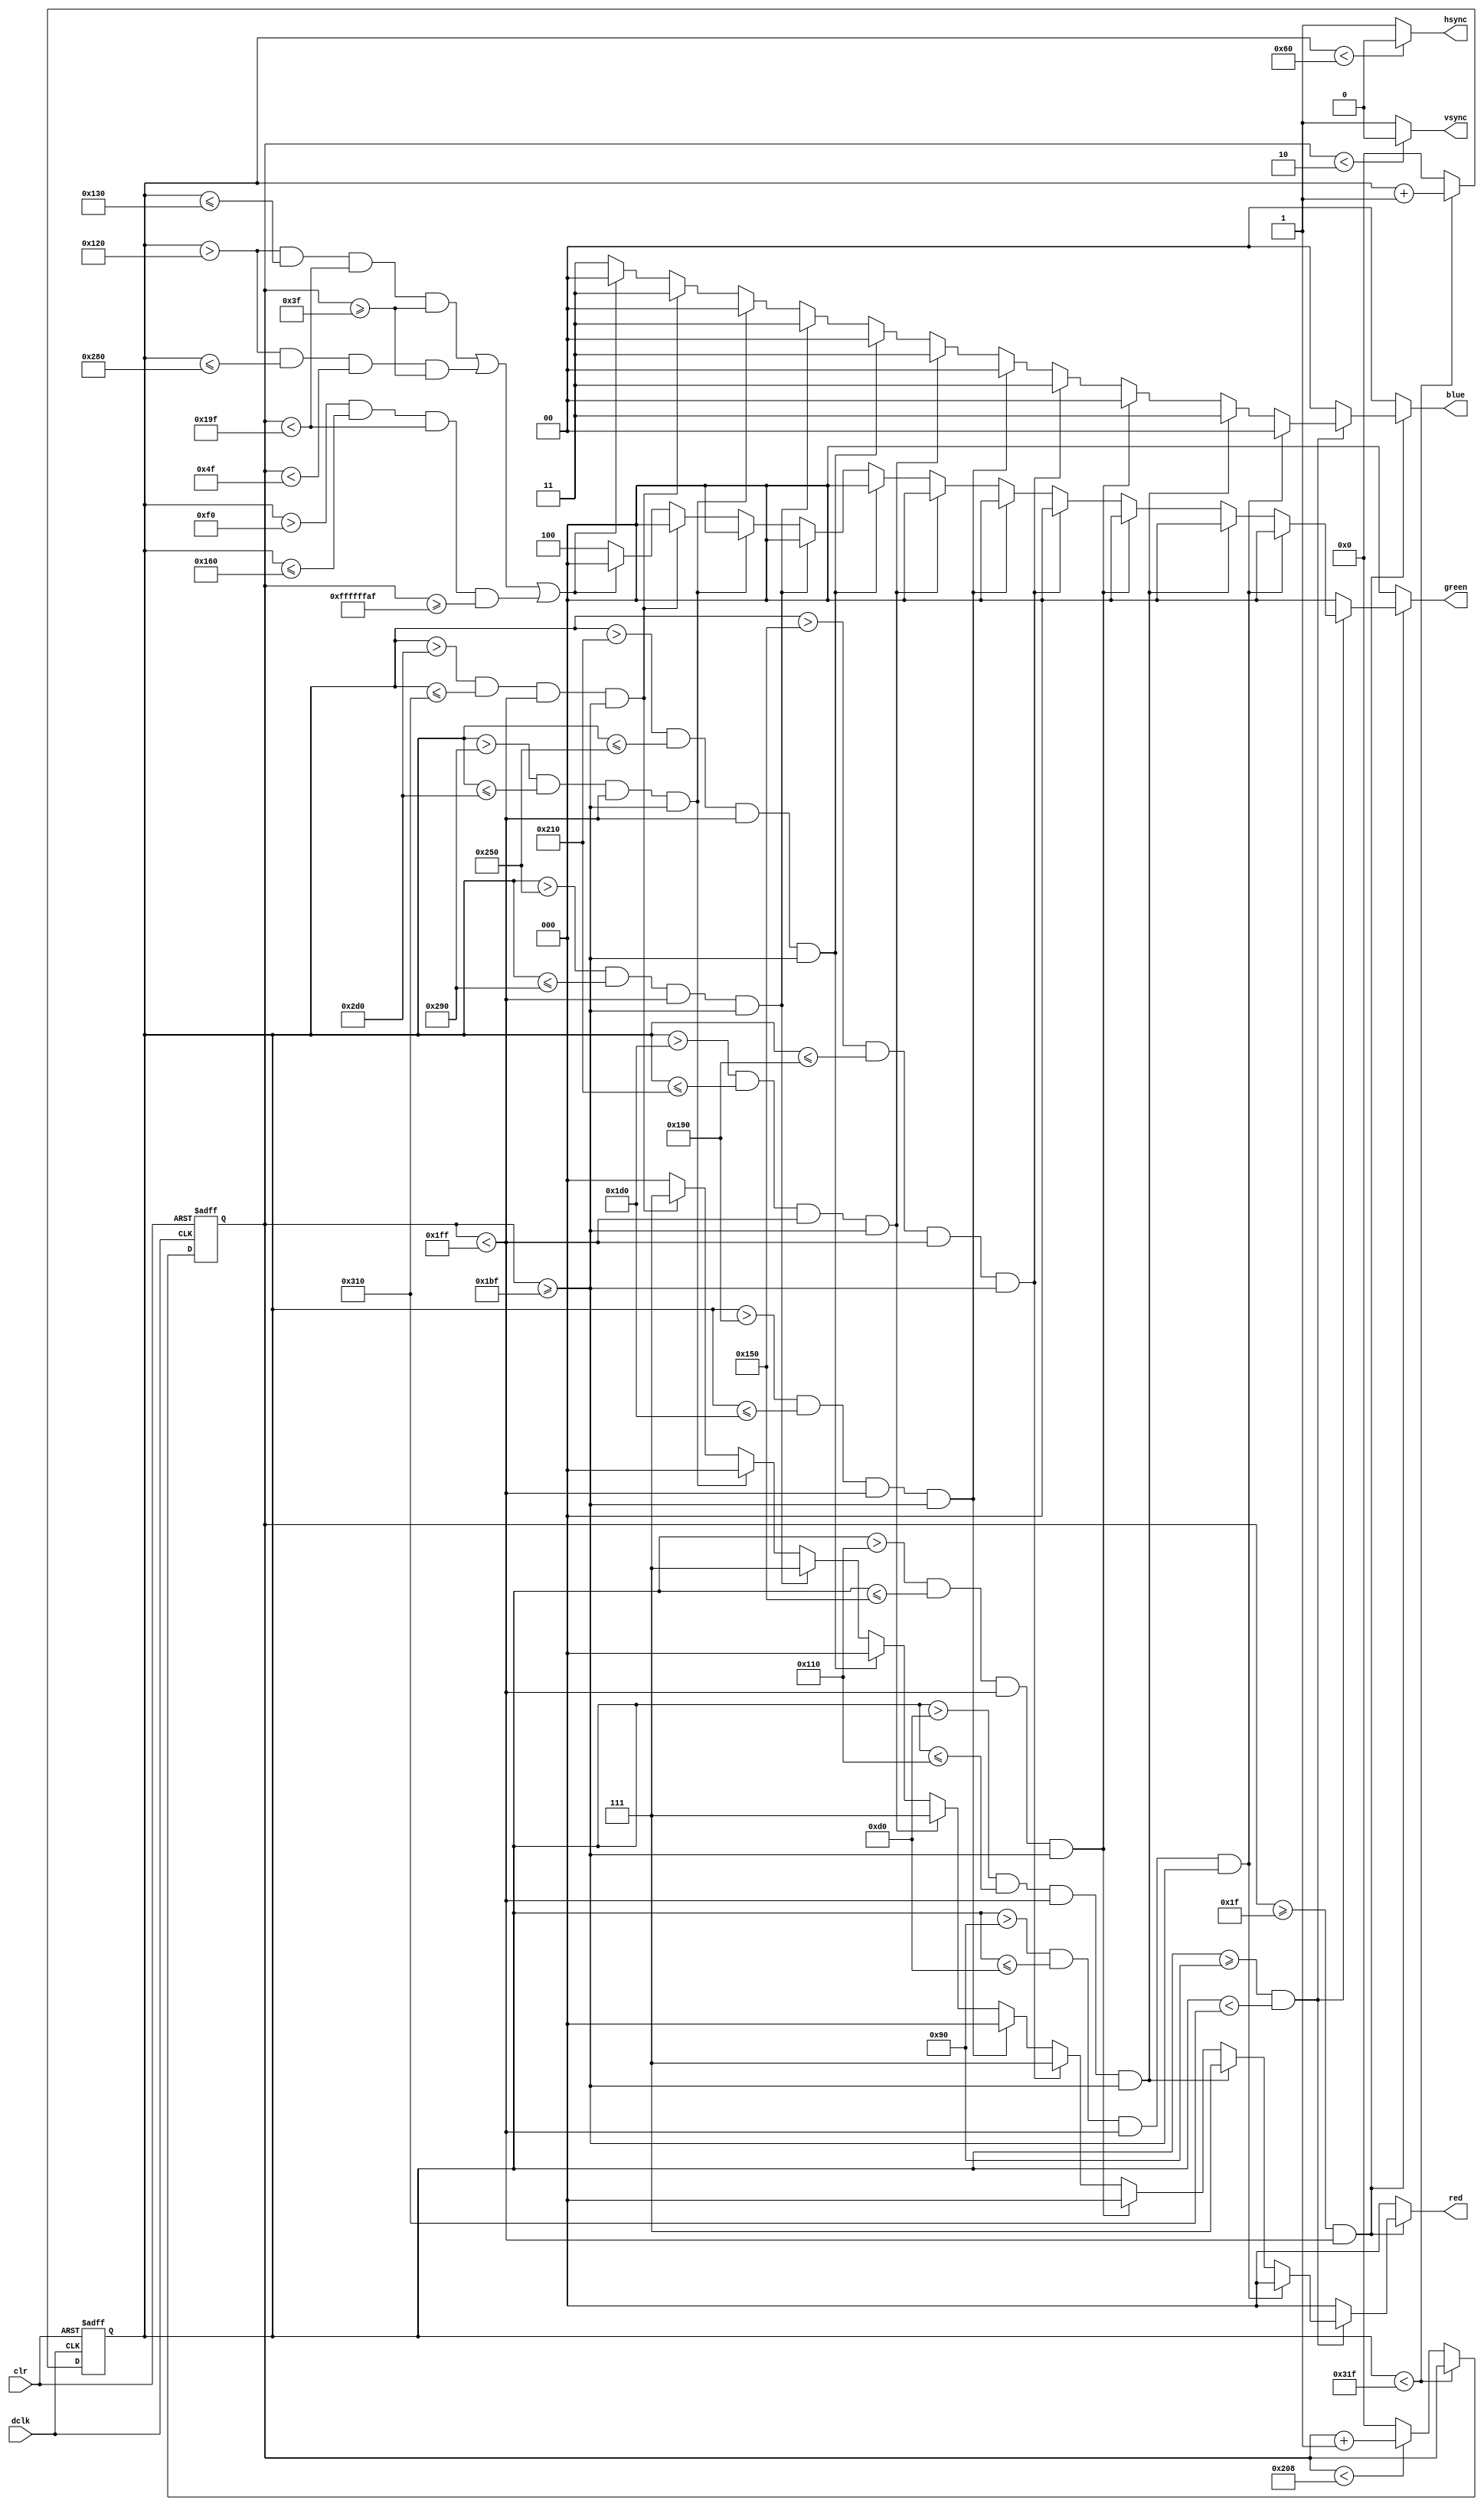
`timescale 1ns / 1ps
//////////////////////////////////////////////////////////////////////////////////
// Company: 
// Engineer: 
// 
// Design Name: 
// Module Name:    vga640x480 
// Project Name: 
// Target Devices: 
// Tool versions: 
// Description: 
//
// Dependencies: 
//
// Revision: 
// Revision 0.01 - File Created
// Additional Comments: 
//
//////////////////////////////////////////////////////////////////////////////////
module vga640x480(
	input wire dclk,			//pixel clock: 25MHz
	input wire clr,			//asynchronous reset
	output wire hsync,		//horizontal sync out
	output wire vsync,		//vertical sync out
	output reg [2:0] red,	//red vga output
	output reg [2:0] green, //green vga output
	output reg [1:0] blue	//blue vga output
	);

// video structure constants
parameter hpixels = 800;// horizontal pixels per line
parameter vlines = 521; // vertical lines per frame
parameter hpulse = 96; 	// hsync pulse length
parameter vpulse = 2; 	// vsync pulse length
parameter hbp = 144; 	// end of horizontal back porch
parameter hfp = 784; 	// beginning of horizontal front porch
parameter vbp = 31; 		// end of vertical back porch
parameter vfp = 511; 	// beginning of vertical front porch
// active horizontal video is therefore: 784 - 144 = 640
// active vertical video is therefore: 511 - 31 = 480

//Add constants for bitmap ranges here:

//End bitmap region constants area.

// registers for storing the horizontal & vertical counters
reg [9:0] hc;
reg [9:0] vc;

// Horizontal & vertical counters --
// this is how we keep track of where we are on the screen.
// ------------------------
// Sequential "always block", which is a block that is
// only triggered on signal transitions or "edges".
// posedge = rising edge  &  negedge = falling edge
// Assignment statements can only be used on type "reg" and need to be of the "non-blocking" type: <=
always @(posedge dclk or posedge clr)
begin
	// reset condition
	if (clr == 1)
	begin
		hc <= 0;
		vc <= 0;
	end
	else
	begin
		// keep counting until the end of the line
		if (hc < hpixels - 1)
			hc <= hc + 1;
		else
		// When we hit the end of the line, reset the horizontal
		// counter and increment the vertical counter.
		// If vertical counter is at the end of the frame, then
		// reset that one too.
		begin
			hc <= 0;
			if (vc < vlines - 1)
				vc <= vc + 1;
			else
				vc <= 0;
		end
		
	end
end

// generate sync pulses (active low)
// ----------------
// "assign" statements are a quick way to
// give values to variables of type: wire
assign hsync = (hc < hpulse) ? 0:1;
assign vsync = (vc < vpulse) ? 0:1;

// display 100% saturation colorbars
// ------------------------
// Combinational "always block", which is a block that is
// triggered when anything in the "sensitivity list" changes.
// The asterisk implies that everything that is capable of triggering the block
// is automatically included in the sensitivty list.  In this case, it would be
// equivalent to the following: always @(hc, vc)
// Assignment statements can only be used on type "reg" and should be of the "blocking" type: =
always @(*)
begin
	// first check if we're within vertical active video range
	
	
	//We have a constant array for each of 26 letters and for two special [?] and [X].
	//We set an origin for each of the 10 letter positions.
	
	
	//horizontal range is from 144 - 784 (hbp - hfp)
	//vertical range is from 31 - 511 (vbp - vfp)
	if (vc >= vbp && vc < vfp)
	begin
		if (hc >= hbp && hc < hfp)
			begin
				if (hc > hbp && hc <= hbp + 64 && vc < vfp && vc >= vfp - 64)	//Letter 1: Origin = (hbp,vfp)
					begin
						//Add case statements to assign letter bitmaps.
						red = 3'b000;
						green = 3'b000;
						blue = 2'b00;
					end
				else if (hc > hbp + 64 && hc <= hbp + 128 && vc < vfp && vc >= vfp - 64)	//Letter 2: Origin = (hbp+64,vfp)
					begin
						//Add case statements to assign letter bitmaps.
						red = 3'b111;
						green = 3'b000;
						blue = 2'b11;
					end
				else if (hc > hbp + 128 && hc <= hbp + 192 && vc < vfp && vc >= vfp - 64)	//Letter 3: Origin = (hbp+128,vfp)
					begin
						//Add case statements to assign letter bitmaps.
						red = 3'b000;
						green = 3'b000;
						blue = 2'b00;
					end
				else if (hc > hbp + 192 && hc <= hbp + 256 && vc < vfp && vc >= vfp - 64)	//Letter 4: Origin = (hbp+192,vfp)
					begin
						//Add case statements to assign letter bitmaps.
						red = 3'b111;
						green = 3'b000;
						blue = 2'b11;
					end
				else if (hc > hbp + 256 && hc <= hbp + 320 && vc < vfp && vc >= vfp - 64)	//Letter 5: Origin = (hbp+256,vfp)
					begin
						//Add case statements to assign letter bitmaps.
						red = 3'b000;
						green = 3'b000;
						blue = 2'b00;
					end
				else if (hc > hbp + 320 && hc <= hbp + 384 && vc < vfp && vc >= vfp - 64)	//Letter 6: Origin = (hbp+320,vfp)
					begin
						//Add case statements to assign letter bitmaps.
						red = 3'b111;
						green = 3'b000;
						blue = 2'b11;
					end
				else if (hc > hbp + 384 && hc <= hbp + 448 && vc < vfp && vc >= vfp - 64)	//Letter 7: Origin = (hbp+384,vfp)
					begin
						//Add case statements to assign letter bitmaps.
						red = 3'b000;
						green = 3'b000;
						blue = 2'b00;
					end
				else if (hc > hbp + 448 && hc <= hbp + 512 && vc < vfp && vc >= vfp - 64)	//Letter 8: Origin = (hbp+448,vfp)
					begin
						//Add case statements to assign letter bitmaps.
						red = 3'b111;
						green = 3'b000;
						blue = 2'b11;
					end
				else if (hc > hbp + 512 && hc <= hbp + 576 && vc < vfp && vc >= vfp - 64)	//Letter 9: Origin = (hbp+512,vfp)
					begin
						//Add case statements to assign letter bitmaps.
						red = 3'b000;
						green = 3'b000;
						blue = 2'b00;
					end
				else if (hc > hbp + 576 && hc <= hbp + 640 && vc < vfp && vc >= vfp - 64)	//Letter 10: Origin = (hbp+576,vfp)
					begin
						//Add case statements to assign letter bitmaps.
						red = 3'b111;
						green = 3'b000;
						blue = 2'b11;
					end
				else if ((hc > hbp + 144 && hc <= hbp + 160 && vc < vfp - 96 && vc >= vbp + 32) 
								|| (hc > hbp + 144 && hc <= hfp - 144 && vc < vbp + 48 && vc >= vbp + 32) 
								|| (hc > hbp + 96 && hc <= hbp + 208 && vc < vfp - 96 && vc >= vbp - 112))	//Gallows
					begin
						red = 3'b000;
						green = 3'b000;
						blue = 2'b00;
					end
				else
					begin
						//Add case statements to assign letter bitmaps.
						red = 3'b000;
						green = 3'b100;
						blue = 2'b11;
					end
			end
		else
			begin
				red = 3'b000;
				green = 3'b000;
				blue = 2'b00;
			end
	end
	else	// we're outside active vertical range so display black
	begin
		red = 3'b000;
		green = 3'b000;
		blue = 2'b00;
	end
end

endmodule